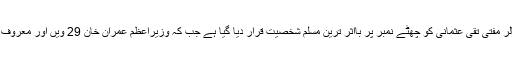
پاکستان سے تعلق رکھنے والے نامور مذہبی اسکالر مفتی تقی عثمانی کو چھٹے نمبر پر بااثر ترین مسلم شخصیت قرار دیا گیا ہے جب کہ وزیراعظم عمران خان 29 ویں اور معروف مبلغ دین مولانا طارق جمیل 40 ویں نمبر پر ہیں۔